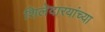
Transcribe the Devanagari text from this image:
शिलेदारयांच्या